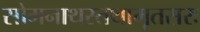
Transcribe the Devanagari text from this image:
सोमनाथस्तथामृतसरः